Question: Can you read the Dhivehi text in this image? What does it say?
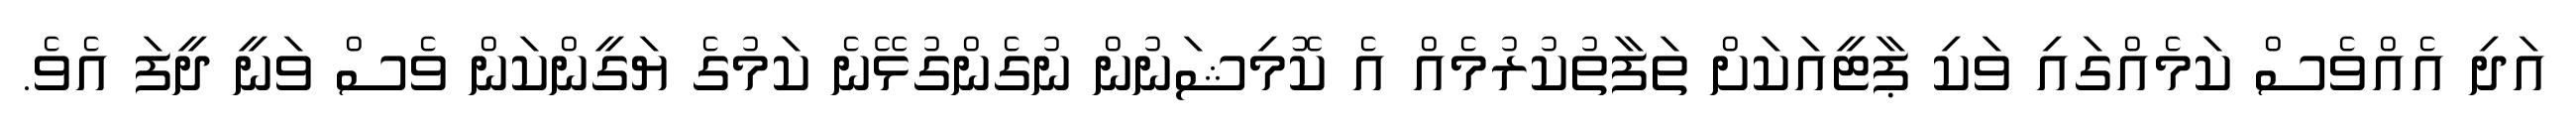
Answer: އަދި އެއްވެސް ކަމެއްގައި ވަކި ޕާޓީއަކަށް ތަފާތުކުރުމެއް އެ ކޮމިޝަނުން ނުގެންގުޅޭނެ ކަމުގެ ޔަގީންކަން ވެސް ވަނީ ދީފަ އެވެ.